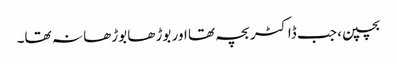
بچپن، جب ڈاکٹر بچہ تھا اور بوڑھا بوڑھا نہ تھا۔